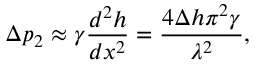
\Delta p _ { 2 } \approx \gamma \frac { d ^ { 2 } h } { d x ^ { 2 } } = \frac { 4 \Delta h \pi ^ { 2 } \gamma } { \lambda ^ { 2 } } ,